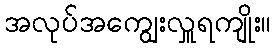
အလုပ်အကျွေးလှူရကျိုး။